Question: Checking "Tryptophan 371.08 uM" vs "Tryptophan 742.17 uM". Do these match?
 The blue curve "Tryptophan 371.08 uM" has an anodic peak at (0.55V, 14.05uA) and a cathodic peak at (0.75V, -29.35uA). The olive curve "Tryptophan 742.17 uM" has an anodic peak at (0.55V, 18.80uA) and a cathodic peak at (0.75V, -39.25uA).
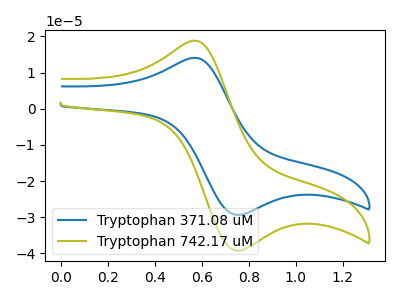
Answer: <think>All the peaks in "Tryptophan 371.08 uM" have a peak in "Tryptophan 742.17 uM" at the same potential. Every peak in "Tryptophan 371.08 uM" is lower than every peak in "Tryptophan 742.17 uM".
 </think>
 <answer>"Tryptophan 371.08 uM" and "Tryptophan 742.17 uM" are similar in shape.</answer>
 <eval>same_shape</eval>